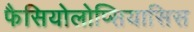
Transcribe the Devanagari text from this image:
फैसियोलोप्सियासिस